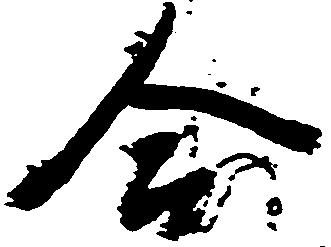
合